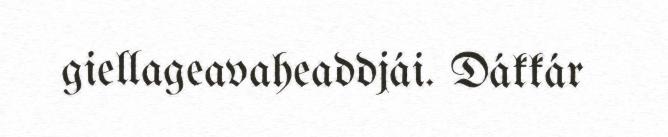
giellageavaheaddjái. Dákkár